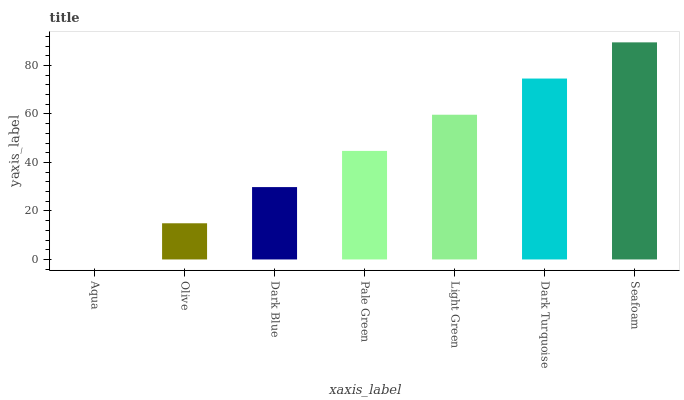
| xaxis_label | bars |
 | --- | --- |
 | Aqua | 0 |
 | Olive | 14.9 |
 | Dark Blue | 29.8 |
 | Pale Green | 44.8 |
 | Light Green | 59.7 |
 | Dark Turquoise | 74.6 |
 | Seafoam | 89.5 |